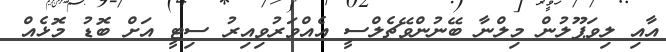
އާއި ލިވަޕޫލުން މިލްނާ ބޭނުންވޭޗެލްސީ އެއްވަރުވިއިރު ސިޓީ އަށް ބޮޑު މޮޅެއް